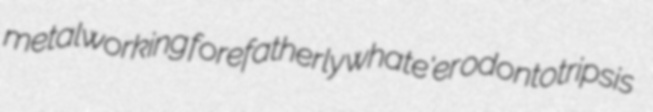
metalworking forefatherly whate'er odontotripsis